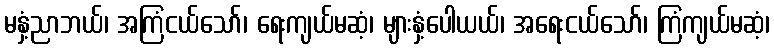
မနှံ့ညာဘယ်၊ အကြံငယ်သော်၊ ရေးကျယ်မဆံ့၊ များနှံ့ပေါယယ်၊ အရေးငယ်သော်၊ ကြံကျယ်မဆံ့၊